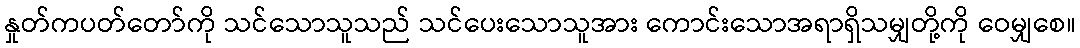
နှုတ်ကပတ်တော်ကို သင်သောသူသည် သင်ပေးသောသူအား ကောင်းသောအရာရှိသမျှတို့ကို ဝေမျှစေ။